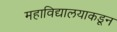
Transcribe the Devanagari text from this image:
महाविद्यालयाकडून